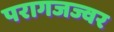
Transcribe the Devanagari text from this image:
परागजज्वर